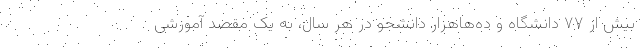
بیش از ۷۷ دانشگاه و ده‌هاهزار دانشجو در هر سال، به یک مقصد آموزشی